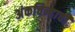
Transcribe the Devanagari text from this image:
अंकचिन्हाची